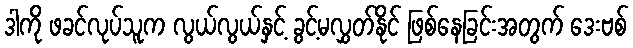
ဒါကို ဖခင်လုပ်သူက လွယ်လွယ်နှင့် ခွင့်မလွှတ်နိုင် ဖြစ်နေခြင်းအတွက် ဒေးဗစ်